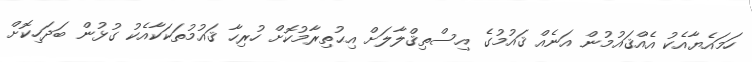
ހަމައެޔާއެކު އެއްޤައުމުން އަނެއް ޤައުމުގެ އިސްތިޤްލާލަށް އިޙުތިރާމުކޮށް ހުރިހާ ޤައުމުތަކަކާއެކު ގުޅުން ބަދަހިކޮށް